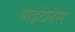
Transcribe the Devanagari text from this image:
वाइटेलेस